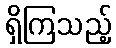
ရှိကြသည့်